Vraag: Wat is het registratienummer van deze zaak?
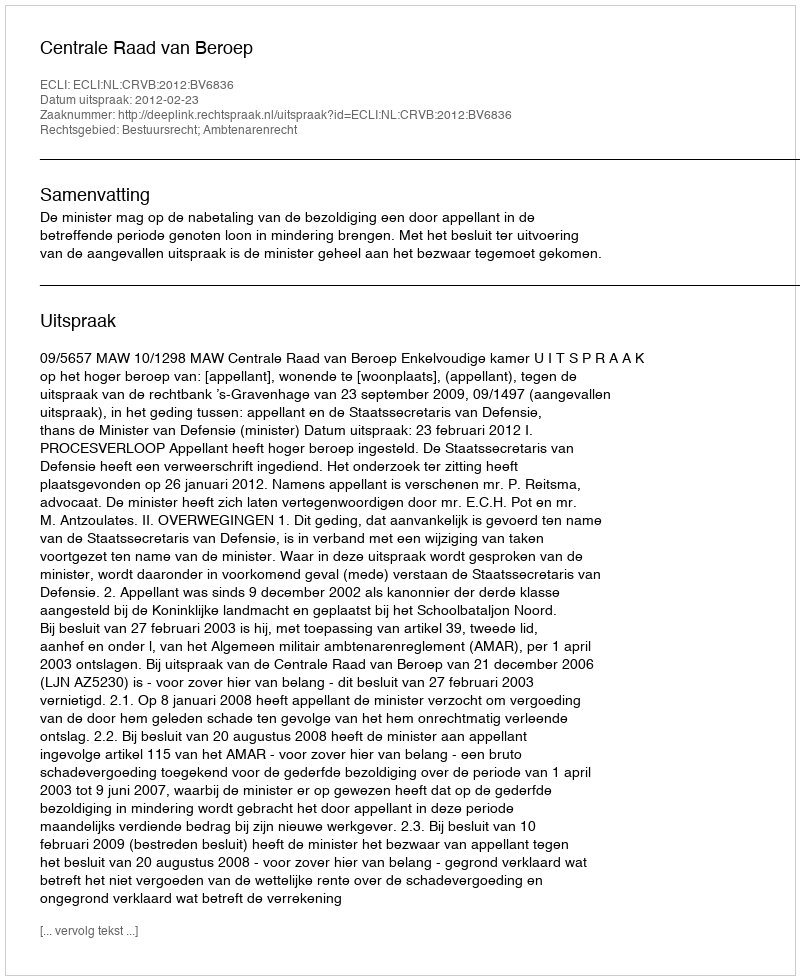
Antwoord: http://deeplink.rechtspraak.nl/uitspraak?id=ECLI:NL:CRVB:2012:BV6836